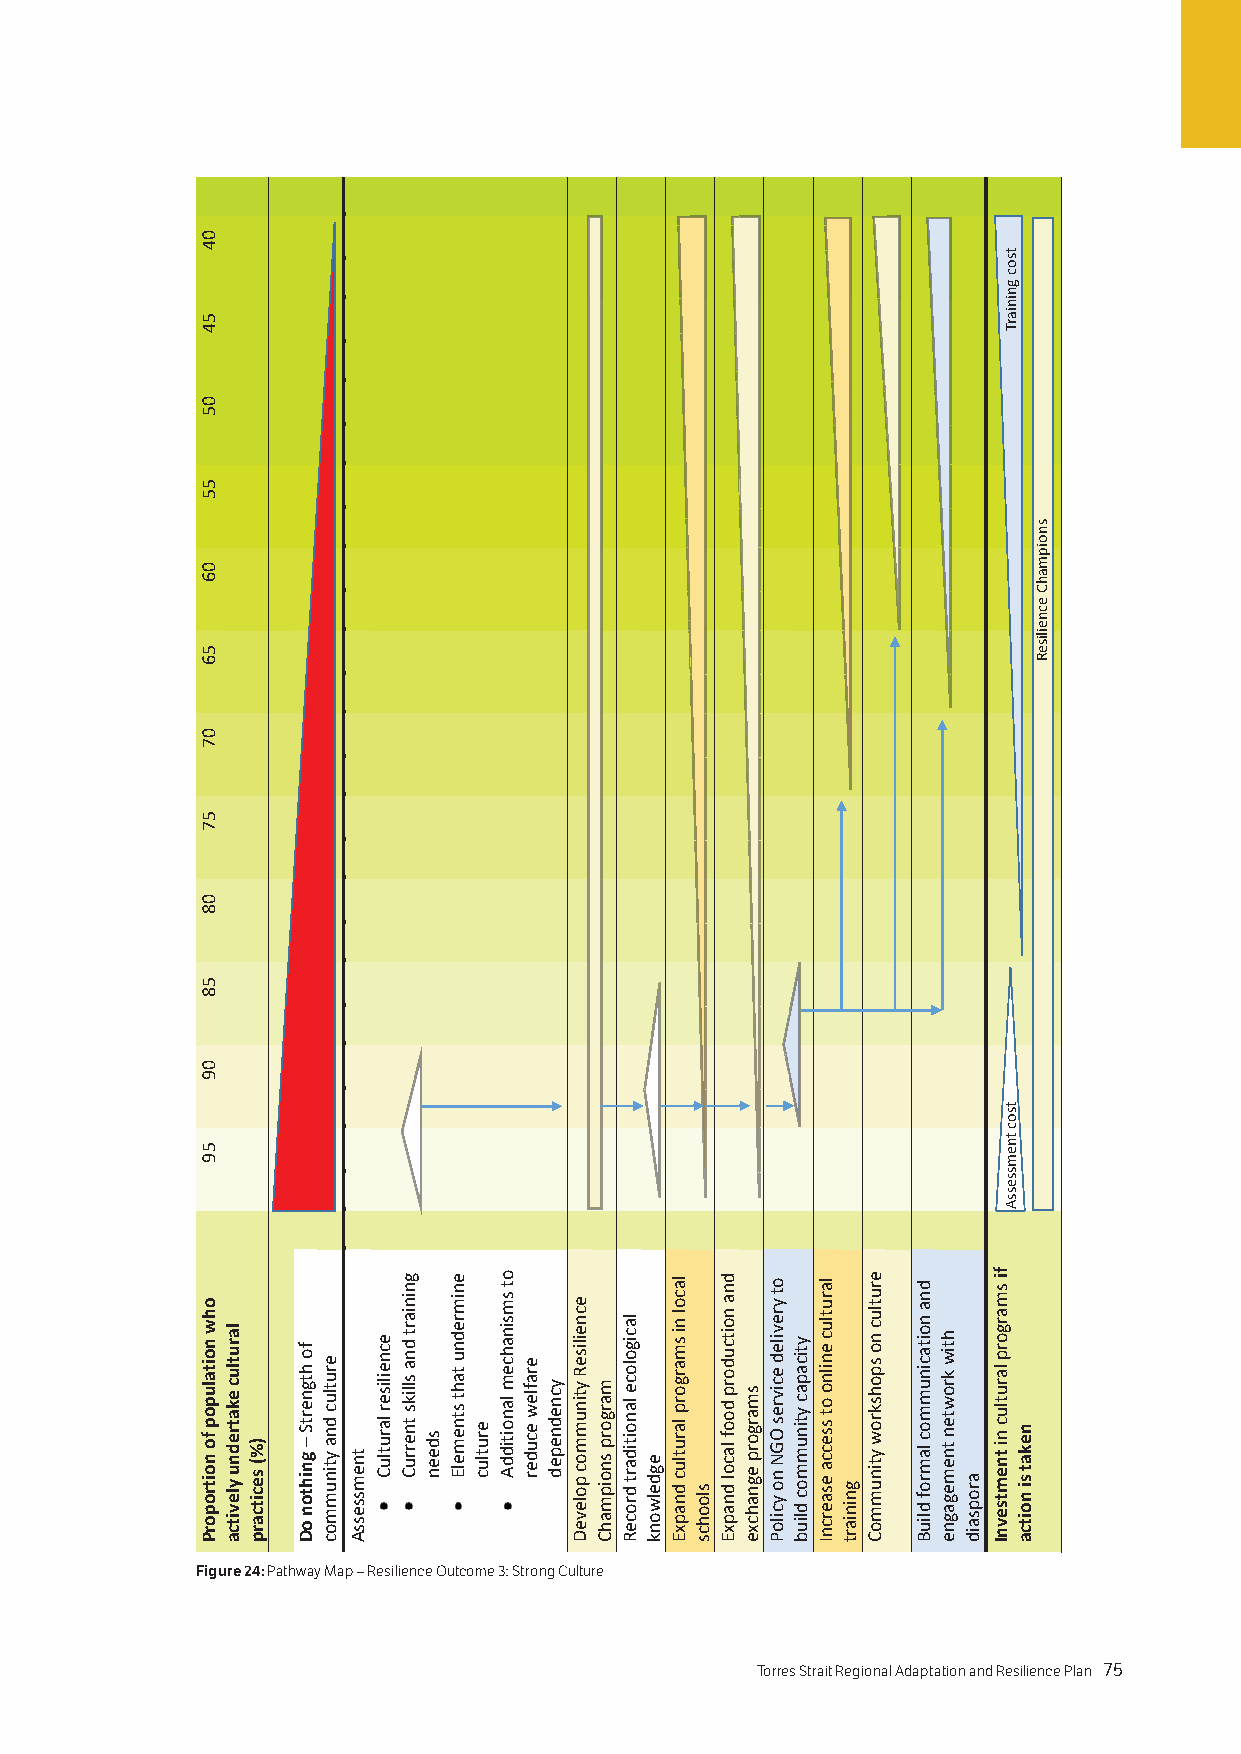
Figure 24: Pathway Map – Resilience Outcome 3: Strong Culture
 74 Torres Strait Regional Adaptation and Resilience Plan Torres Strait Regional Adaptation and Resilience Plan 75
 04
 54
 05
 55
 06
 56
 07
 57
 08
 58
 09
 59
 ohw
 noitalupop
 fo noitroporP
 larutluc
 ekatrednu
 ylevitca
 )%(
 secitcarp
 fo
 htgnertS
 – gnihton
 oD
 erutluc
 dna ytinummoc tnemssessA
 ecneiliser
 larutluC
 gniniart
 dna
 slliks
 tnerruC sdeen
 enimrednu
 taht stnemelE
 erutluc
 ot
 smsinahcem
 lanoitiddA eraflew
 ecuder
 ycnedneped
 ecneiliseR
 ytinummoc
 poleveD
 margorp
 snoipmahC
 lacigoloce
 lanoitidart
 droceR
 egdelwonk
 lacol
 ni
 smargorp
 larutluc
 dnapxE sloohcs
 dna
 noitcudorp
 doof
 lacol
 dnapxE
 smargorp
 egnahcxe
 ot
 yreviled
 ecivres
 OGN
 no yciloP
 yticapac
 ytinummoc
 dliub
 larutluc
 enilno
 ot
 ssecca
 esaercnI gniniart
 erutluc
 no
 spohskrow
 ytinummoC
 dna
 noitacinummoc
 lamrof
 dliuB
 htiw
 krowten
 tnemegagne
 aropsaid
 fi smargorp
 larutluc
 ni tnemtsevnI
 tsoc
 gniniarT
 tsoc
 tnemssessA
 nekat
 si noitca
 snoipmahC
 ecneiliseR